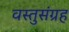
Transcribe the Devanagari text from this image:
वस्तुसंग्रह